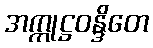
အက္ကုဋ္ဌဝန္ဒိတေ